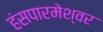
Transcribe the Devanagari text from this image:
हंसपारमेश्वर